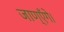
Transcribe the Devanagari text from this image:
जाण्‌एँगे।